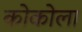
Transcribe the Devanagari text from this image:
कोकोला